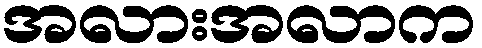
အလားအလာက